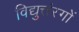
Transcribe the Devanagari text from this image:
विद्युत्तंरगों